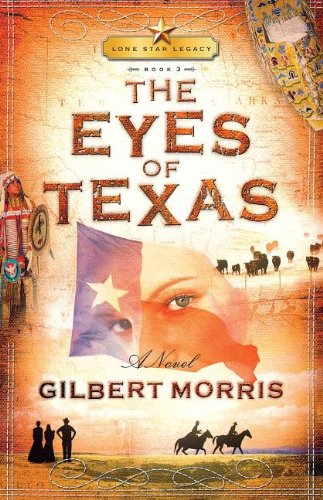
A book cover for The Eyes of Texas (Lone Star Legacy #3); Gilbert Morris; Religion & Spirituality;